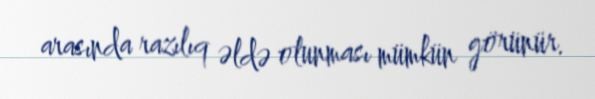
arasında razılıq əldə olunması mümkün görünür.